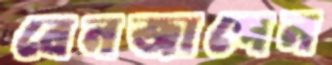
বেনজাপেন